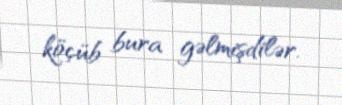
köçüb bura gəlmişdilər.